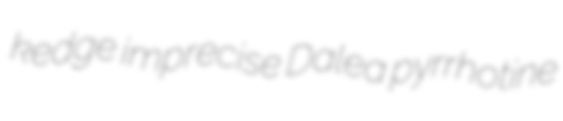
kedge imprecise Dalea pyrrhotine